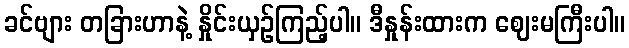
ခင်ဗျား တခြားဟာနဲ့ နှိုင်းယှဉ်ကြည့်ပါ။ ဒီနှုန်းထားက ဈေးမကြီးပါ။